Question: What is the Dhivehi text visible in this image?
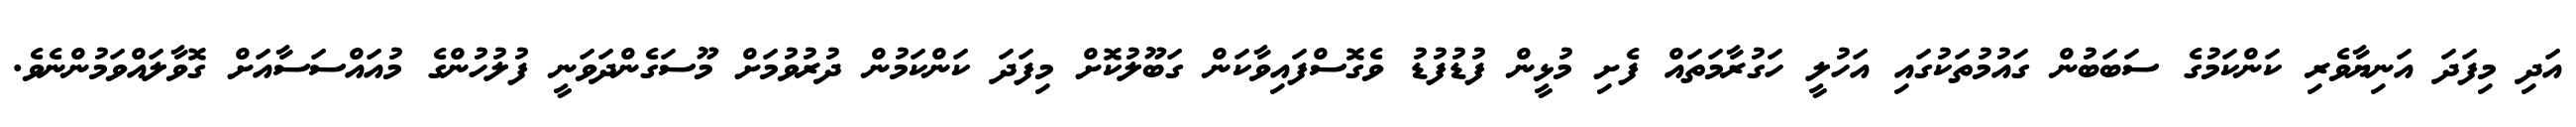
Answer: އަދި މިފަދަ އަނިޔާވެރި ކަންކަމުގެ ސަބަބުން ގައުމުތަކުގައި އަހުލީ ހަގުރާމަތައް ފެށި މުޅީން ފުޑުފުޑު ވެގޮސްފައިވާކަން ގަބޫލުކޮށް މިފަދަ ކަންކަމުން ދުރުވުމަށް މޫސަގެންދަވަނީ ފުލުހުންގެ މުއައްސަސާއަށް ގޮވާލައްވަމުންނެވެ.